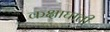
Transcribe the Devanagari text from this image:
कक्षाघाती